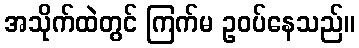
အသိုက်ထဲတွင် ကြက်မ ဥဝပ်နေသည်။